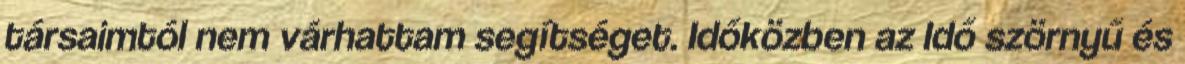
társaimtól nem várhattam segítséget. Időközben az Idő szörnyű és